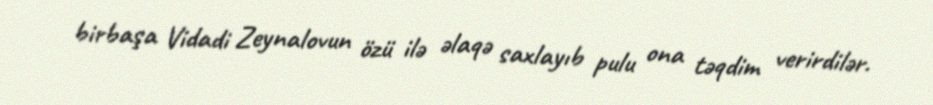
birbaşa Vidadi Zeynalovun özü ilə əlaqə saxlayıb pulu ona təqdim verirdilər.